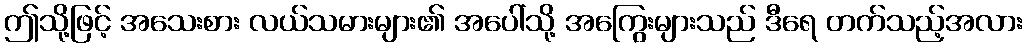
ဤသို့ဖြင့် အသေးစား လယ်သမားများ၏ အပေါ်သို့ အကြွေးများသည် ဒီရေ တက်သည့်အလား